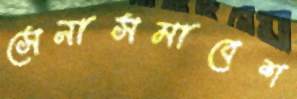
সেনাসমাবেশ